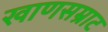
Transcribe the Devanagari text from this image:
खाणसम्राट